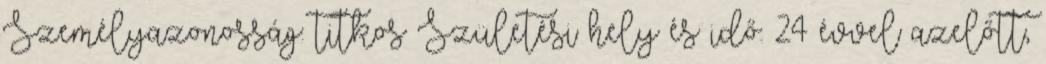
Személyazonosság: titkos Születési hely és idő: 24 évvel azelőtt,